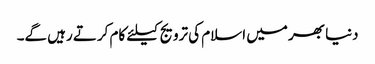
دنیا بھر میں اسلام کی ترویج کیلئے کام کرتے رہیں گے۔